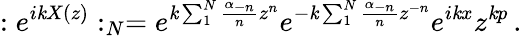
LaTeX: :e^{i\mathit{k}X(z)}:_{N}=e^{\mathit{k}\sum_{1}^{N}\frac{{\alpha_{-n}}}{{n}}z^{n}}e^{-\mathit{k}\sum_{1}^{N}\frac{{\alpha_{-n}}}{{n}}z^{-n}}e^{i\mathit{k}x}z^{\mathit{k}p}\, .